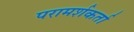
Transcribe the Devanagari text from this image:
परामर्शकर्ता